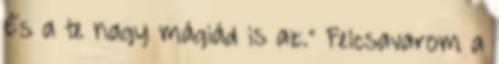
És a te nagy mágiád is az.” Felcsavarom a